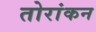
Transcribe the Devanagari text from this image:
तोरांकन